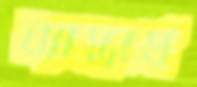
ব্যাপ্তার্থ